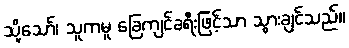
သို့သော်၊ သူကမူ ခြေကျင်ခရီးဖြင့်သာ သွားချင်သည်။